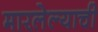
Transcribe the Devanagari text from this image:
मारलेल्याची